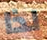
لذا